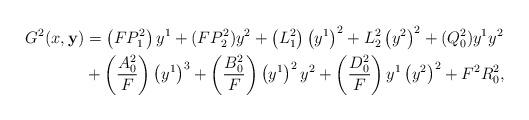
LaTeX: \begin{align*}G^2(x,\mathbf{y}) &= \left( FP^2_1 \right) y^1 +( FP^2_2 )y^2+ \left( L^2_1\right) \left(y^1 \right)^2 + L^2_2 \left(y^2 \right)^2+(Q_0^2)y^1y^2 \\&+ \left( \frac{A^2_0}{F} \right) \left(y^1 \right)^3+ \left( \frac{B^2_0}{F} \right) \left(y^1 \right)^2 y^2 + \left( \frac{D^2_0}{F} \right) y^1 \left(y^2 \right)^2+F^2R_0^2,\end{align*}